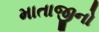
માતાજીનો